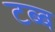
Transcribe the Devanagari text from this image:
टब्ब